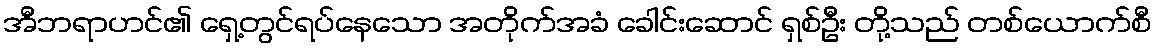
အီဘရာဟင်၏ ရှေ့တွင်ရပ်နေသော အတိုက်အခံ ခေါင်းဆောင် ရှစ်ဦး တို့သည် တစ်ယောက်စီ